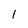
Character: 1